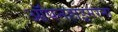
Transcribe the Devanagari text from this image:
ऑपनहाइमरना